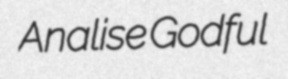
Analise Godful